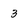
Character: 3